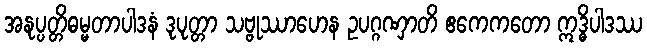
အနုပ္ပတ္တိဓမ္မတာပါဒနံ ဒုပုတ္တာ သဗ္ဗုဿာဟေန ဥပဂ္ဂဏှာတိ ဧကေကတော ဣဒ္ဓိပါဒဿ